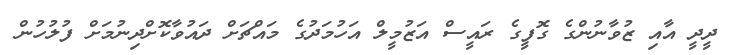
ދީދީ އާއި ޒުވާނުންގެ ގޮފީގެ ރައީސް އަޒުމީލް އަހުމަދުގެ މައްޗަށް ދައުވާކޮށްދިނުމަށް ފުލުހުން